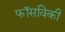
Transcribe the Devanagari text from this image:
फॉसविकी